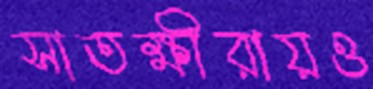
সাতক্ষীরায়ও